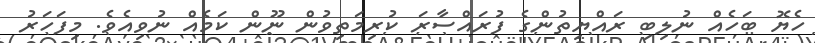
ހެޔޮ ބަހެއް ނުލިބި ރައްޔިތުންގެ ފުރައްސާރަ ކުރިމަތިވުން ނޫން ކަމެއް ނުވިއެވެ. މިފަހަރު